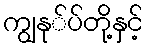
ကျွနု်ပ်တို့နှင့်